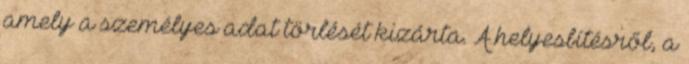
amely a személyes adat törlését kizárta. A helyesbítésről, a